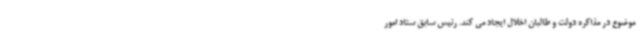
موضوع در مذاکره دولت و طالبان اخلال ایجاد می کند. رئیس سابق ستاد امور